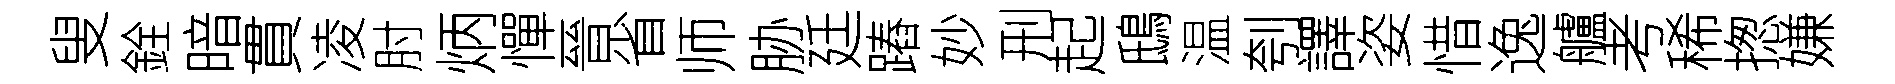
叟銓暗貫凌肘炳憚晉省师胁廷蹖妙刑起鴟温刳譯姿惜逸艫考稀揔嫌